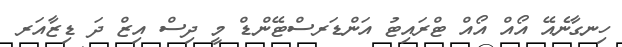
ހިނގާނެެއޭ އޯއް އޯއް ޓްރައިޓު އަންޑަރސްޓޭންޑް މީ ދިސް އިޒް ދަ ޑިޒާއަރ